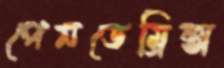
পেনডেম্রিক্স